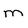
Character: m